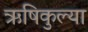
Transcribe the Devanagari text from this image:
ऋषिकुल्या